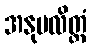
အနုပလိတ္တံ